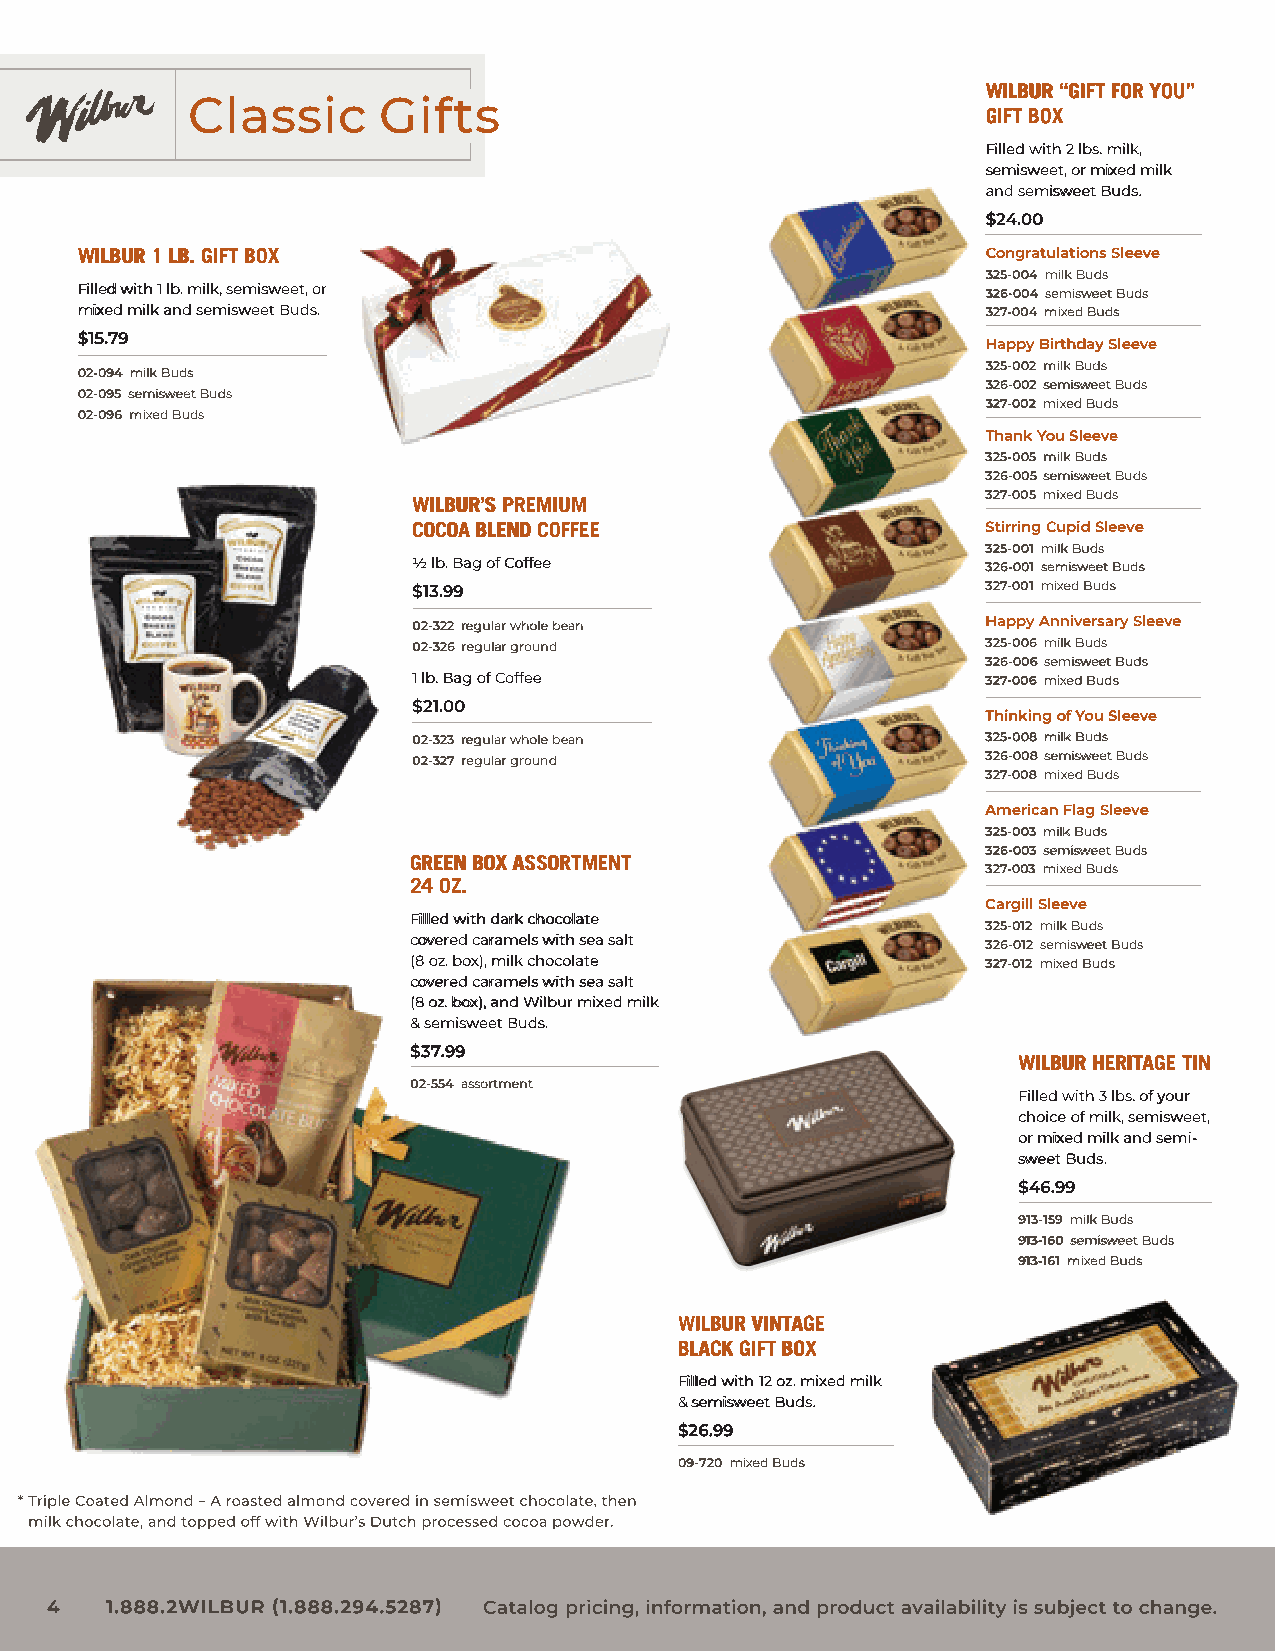
WILBUR “GIFT FOR YOU”
 Classic      Gifts
 GIFT BOX
 Filled with 2 lbs. milk,
 semisweet, or mixed milk
 and semisweet Buds.
 $24.00
 WILBUR 1 LB. GIFT BOX                                       Congratulations Sleeve
 325-004 milk Buds
 Filled with 1 lb. milk, semisweet, or                       326-004 semisweet Buds
 mixed milk and semisweet Buds.                              327-004 mixed Buds
 $15.79
 Happy Birthday Sleeve
 325-002 milk Buds
 02-094 milk Buds
 326-002 semisweet Buds
 02-095 semisweet Buds
 327-002 mixed Buds
 02-096 mixed Buds
 Thank You Sleeve
 325-005 milk Buds
 326-005 semisweet Buds
 327-005 mixed Buds
 WILBUR’S PREMIUM
 COCOA BLEND COFFEE                    Stirring Cupid Sleeve
 325-001 milk Buds
 ½ lb. Bag of Coffee                   326-001 semisweet Buds
 $13.99                                327-001 mixed Buds
 02-322 regular whole bean             Happy Anniversary Sleeve
 02-326 regular ground                 325-006 milk Buds
 326-006 semisweet Buds
 1 lb. Bag of Coffee                   327-006 mixed Buds
 $21.00
 Thinking of You Sleeve
 02-323 regular whole bean             325-008 milk Buds
 02-327 regular ground                 326-008 semisweet Buds
 327-008 mixed Buds
 American Flag Sleeve
 325-003 milk Buds
 326-003 semisweet Buds
 GREEN BOX ASSORTMENT
 327-003 mixed Buds
 24 OZ.
 Cargill Sleeve
 Filled with dark chocolate
 325-012 milk Buds
 covered caramels with sea salt        326-012 semisweet Buds
 (8 oz. box), milk chocolate           327-012 mixed Buds
 covered caramels with sea salt
 (8 oz. box), and Wilbur mixed milk
 & semisweet Buds.
 $37.99
 WILBUR HERITAGE TIN
 02-554 assortment
 Filled with 3 lbs. of your
 choice of milk, semisweet,
 or mixed milk and semi-
 sweet Buds.
 $46.99
 913-159 milk Buds
 913-160 semisweet Buds
 913-161 mixed Buds
 WILBUR VINTAGE
 BLACK GIFT BOX
 Filled with 12 oz. mixed milk
 & semisweet Buds.
 $26.99
 09-720 mixed Buds